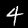
Digit: 4